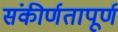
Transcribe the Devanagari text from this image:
संकीर्णतापूर्ण